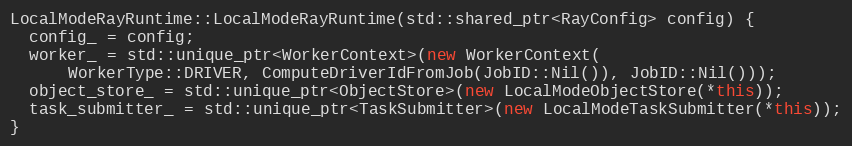
Language: C++
LocalModeRayRuntime::LocalModeRayRuntime(std::shared_ptr<RayConfig> config) {
  config_ = config;
  worker_ = std::unique_ptr<WorkerContext>(new WorkerContext(
      WorkerType::DRIVER, ComputeDriverIdFromJob(JobID::Nil()), JobID::Nil()));
  object_store_ = std::unique_ptr<ObjectStore>(new LocalModeObjectStore(*this));
  task_submitter_ = std::unique_ptr<TaskSubmitter>(new LocalModeTaskSubmitter(*this));
}